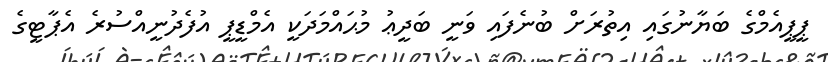
ޕީޕީއެމްގެ ބަޔާނުގައި އިތުރަށް ބުނެފައި ވަނީ ބަދީޢު މުޙައްމަދަކީ އެމްޑީޕީ އުފެދުނީއްސުރެ އެޕާޓީގެ